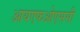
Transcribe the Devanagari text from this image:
आयएफओएससी